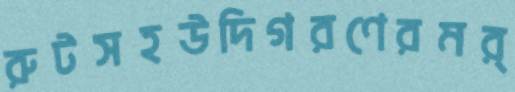
রুটসহউদিগরণেরমর্